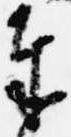
奉